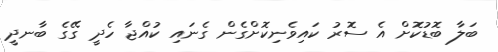
ބަލާ ބޮޑުކޮށް އެ ސޮރު ކައިވެނިކޮށްގެން ގެނައި ކުއްޖާ ހެދީ ގޭގެ ބާނދީ